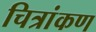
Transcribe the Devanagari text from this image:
चित्रांकण